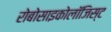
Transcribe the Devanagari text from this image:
रोबोसाइकोलॉजिस्ट